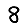
Digit: 8